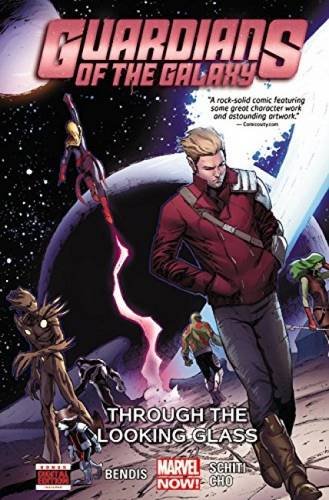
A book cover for Guardians of the Galaxy Vol. 5: Through the Looking Glass (Guardians of the Galaxy (Marvel)); Brian Michael Bendis; Comics & Graphic Novels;